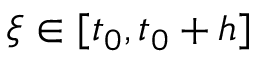
\xi \in [ t _ { 0 } , t _ { 0 } + h ]